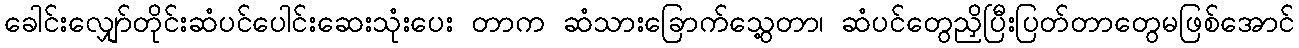
ခေါင်းလျှော်တိုင်းဆံပင်ပေါင်းဆေးသုံးပေး တာက ဆံသားခြောက်သွေ့တာ၊ ဆံပင်တွေညှိပြီးပြတ်တာတွေမဖြစ်အောင်